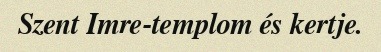
Szent Imre-templom és kertje.